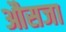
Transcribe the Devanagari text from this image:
औसजा